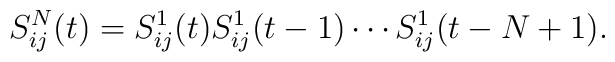
S_{ij}^{N}(t)=S_{ij}^{1}(t)S_{ij}^{1}(t-1)\cdots S_{ij}^{1}(t-N+1).